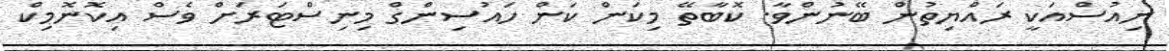
ނިއުސްއަކީ ރައްޔިތުން ބޭނުންވާ. ކޮބާތޭ މިކަން ކަން ހައުސިންގް މިނިސްޓަރަށް ވެސް އިކޮނޮމިކް